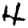
Digit: 4